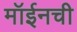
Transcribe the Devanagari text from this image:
मॉईनची